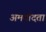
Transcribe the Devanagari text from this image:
अमर्यादता